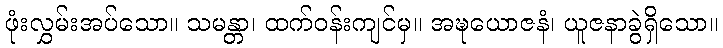
ဖုံးလွှမ်းအပ်သော။ သမန္တာ၊ ထက်ဝန်းကျင်မှ။ အဍ္ဎယောဇနံ၊ ယူဇနာခွဲရှိသော။